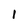
Character: l